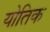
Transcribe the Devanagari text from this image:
योतिक